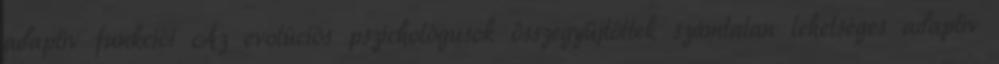
adaptív funkciói Az evolúciós pszichológusok összegyűjtöttek számtalan lehetséges adaptív